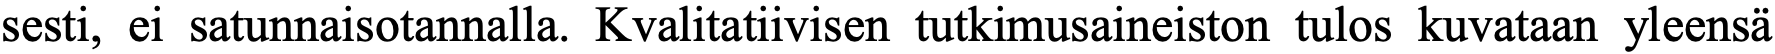
sesti, ei satunnaisotannalla. Kvalitatiivisen tutkimusaineiston tulos kuvataan yleensä